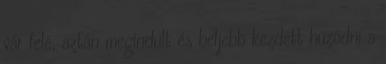
vár felé, aztán megindult és beljebb kezdett húzódni a